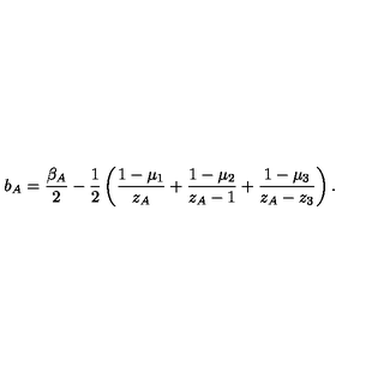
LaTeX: b _ { A } = \frac { \beta _ { A } } { 2 } - \frac { 1 } { 2 } \left( \frac { 1 - \mu _ { 1 } } { z _ { A } } + \frac { 1 - \mu _ { 2 } } { z _ { A } - 1 } + \frac { 1 - \mu _ { 3 } } { z _ { A } - z _ { 3 } } \right) .